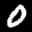
Label: 0